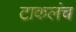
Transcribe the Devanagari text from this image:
टाकलंच